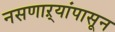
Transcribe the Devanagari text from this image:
नसणाऱ्यांपासून